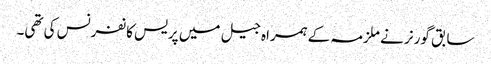
سابق گورنر نے ملزمہ کے ہمراہ جیل میں پریس کانفرنس کی تھی۔